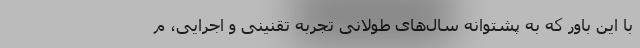
با این باور که به پشتوانه سال‌های طولانی تجربه تقنینی و اجرایی، م